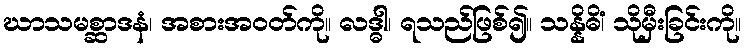
ဃာသမစ္ဆာဒနံ၊ အစားအဝတ်ကို။ လဒ္ဓါ၊ ရသည်ဖြစ်၍။ သန္နိဓိံ၊ သိုမှီးခြင်းကို။